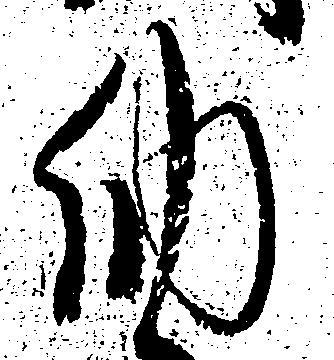
納